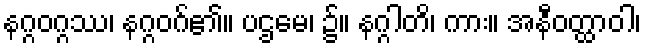
နဂ္ဂဝဂ္ဂဿ၊ နဂ္ဂဝဂ်၏။ ပဌမေ၊ ၌။ နဂ္ဂါတိ၊ ကား။ အနီဝတ္ထာဝါ၊